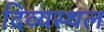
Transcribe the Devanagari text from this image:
दिव्यस्थल